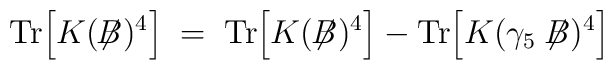
\mbox{Tr}\Big[ K(\not{\!\!B})^4 \Big] \; = \;\mbox{Tr}\Big[K(\not{\!\!B})^4\Big] -\mbox{Tr}\Big[K(\gamma_5 \not{\!\!B})^4\Big] \;